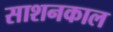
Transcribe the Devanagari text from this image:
साशनकाल